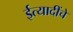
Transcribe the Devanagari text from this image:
ईत्यादींचे